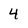
Character: 4